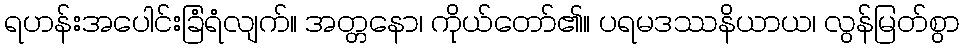
ရဟန်းအပေါင်းခြံရံလျက်။ အတ္တနော၊ ကိုယ်တော်၏။ ပရမဒဿနိယာယ၊ လွန်မြတ်စွာ